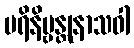
ပရိနိဗ္ဗန္တုနာသဝါ